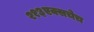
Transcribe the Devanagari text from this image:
२१३एक्सचेच